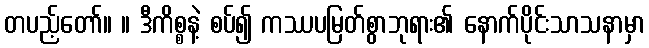
တပည့်တော်။ ။ ဒီကိစ္စနဲ့ စပ်၍ ကဿပမြတ်စွာဘုရား၏ နောက်ပိုင်းသာသနာမှာ